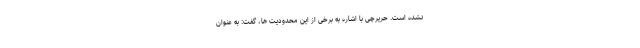
نشده است. حریرچی با اشاره به برخی از این محدودیت ها، گفت: به عنوان